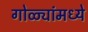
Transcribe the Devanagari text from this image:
गोळ्यांमध्ये